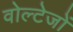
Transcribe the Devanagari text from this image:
वोल्टेजों